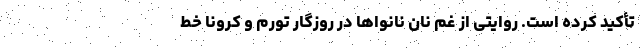
تأکید کرده است. روایتی از غمِ نان نانواها در روزگار تورم و کرونا خط